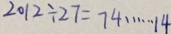
2 0 1 2 \div 2 7 = 7 4 \cdots 1 4